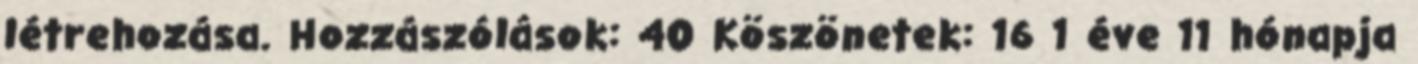
létrehozása. Hozzászólások: 40 Köszönetek: 16 1 éve 11 hónapja